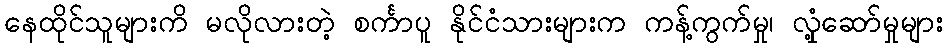
နေထိုင်သူများကိ မလိုလားတဲ့ စင်္ကာပူ နိုင်ငံသားများက ကန့်ကွက်မှု၊ လှုံ့ဆော်မှုများ